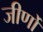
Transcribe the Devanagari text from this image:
जीर्णो